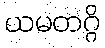
ယမတဂ္ဂိ